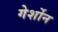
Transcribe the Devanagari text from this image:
गेर्शोन